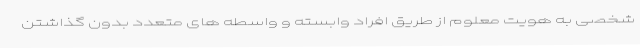
شخصی به هویت معلوم از طریق افراد وابسته و واسطه های متعدد بدون گذاشتن